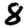
Digit: 8